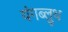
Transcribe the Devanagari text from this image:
यंगब्लुथ